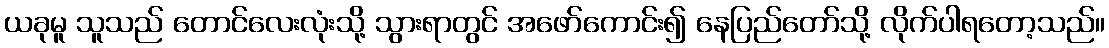
ယခုမူ သူသည် တောင်လေးလုံးသို့ သွားရာတွင် အဖော်ကောင်း၍ နေပြည်တော်သို့ လိုက်ပါရတော့သည်။